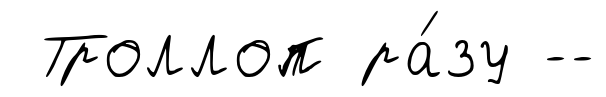
Троллоп ра́зу --